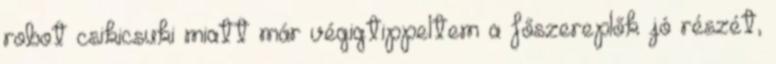
robot csikicsuki miatt már végigtippeltem a főszereplők jó részét,